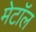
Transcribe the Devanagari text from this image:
मेटॉल